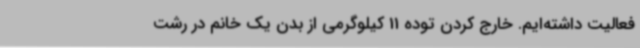
فعالیت داشته‌ایم. خارج کردن توده 11 کیلوگرمی از بدن یک خانم در رشت